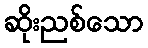
ဆိုးညစ်သော